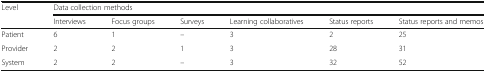
<table><thead><tr><td><b>Level</b></td><td colspan="6"><b>Data collection methods</b></td></tr><tr><td></td><td><b>Interviews</b></td><td><b>Focus groups</b></td><td><b>Surveys</b></td><td><b>Learning collaboratives</b></td><td><b>Status reports</b></td><td><b>Status reports and memos</b></td></tr></thead><tbody><tr><td>Patient</td><td>6</td><td>1</td><td>–</td><td>3</td><td>2</td><td>25</td></tr><tr><td>Provider</td><td>2</td><td>2</td><td>1</td><td>3</td><td>28</td><td>31</td></tr><tr><td>System</td><td>2</td><td>2</td><td>–</td><td>3</td><td>32</td><td>52</td></tr></tbody></table>